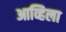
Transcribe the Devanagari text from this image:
आव्हिला